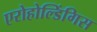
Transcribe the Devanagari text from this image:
एरोहोल्डिंगिस